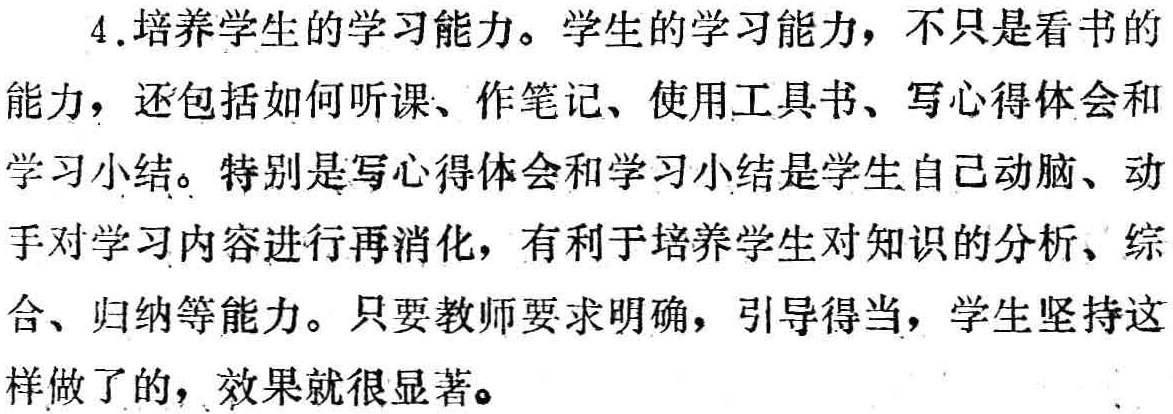
4.培养学生的学习能力。学生的学习能力，不只是看书的能力，还包括如何听课、作笔记、使用工具书、写心得体会和学习小结。特别是写心得体会和学习小结是学生自己动脑、动手对学习内容进行再消化，有利于培养学生对知识的分析、综合、归纳等能力。只要教师要求明确，引导得当，学生坚持这样做了的，效果就很显著。